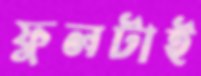
ফুলটাই